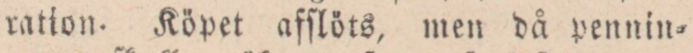
ration. Köpet afſlöts, men då pennin=